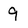
Character: 9